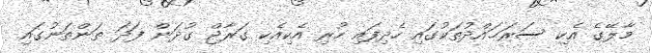
މާލޭގެ އެކި ސަރަޙައްދުތަކުގައި ހެދިފައި ހުރި އެކިއެކި ގަރާޖް ގުދަން ފަދަ ތަންތަނުގައި